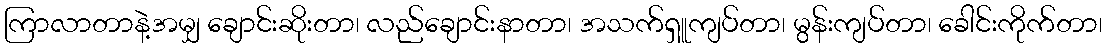
ကြာလာတာနဲ့အမျှ ချောင်းဆိုးတာ၊ လည်ချောင်းနာတာ၊ အသက်ရှူကျပ်တာ၊ မွန်းကျပ်တာ၊ ခေါင်းကိုက်တာ၊